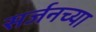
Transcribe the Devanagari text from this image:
सर्जनच्या